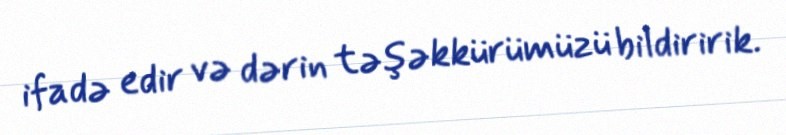
ifadə edir və dərin təşəkkürümüzü bildiririk.